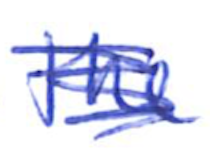
Text: the
Cross-out: scratch
Writing tool: ballpoint